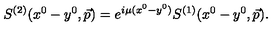
S ^ { ( 2 ) } ( x ^ { 0 } - y ^ { 0 } , \vec { p } ) = e ^ { i \mu ( x ^ { 0 } - y ^ { 0 } ) } S ^ { ( 1 ) } ( x ^ { 0 } - y ^ { 0 } , \vec { p } ) .